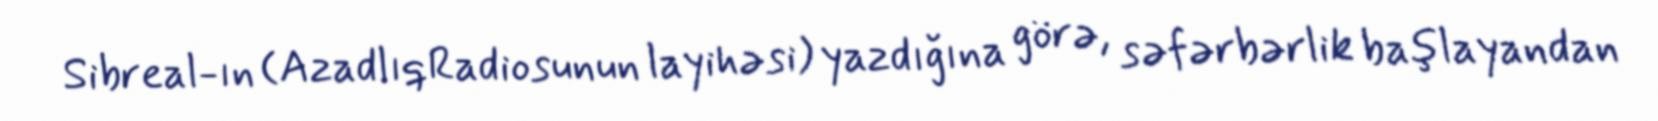
Sibreal-ın (AzadlıqRadiosunun layihəsi) yazdığına görə, səfərbərlik başlayandan